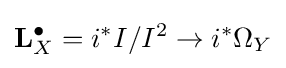
\mathbf {L} _{X}^{\bullet }=i^{*}I/I^{2}\to i^{*}\Omega _{Y}